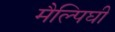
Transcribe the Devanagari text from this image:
मैल्पिघी